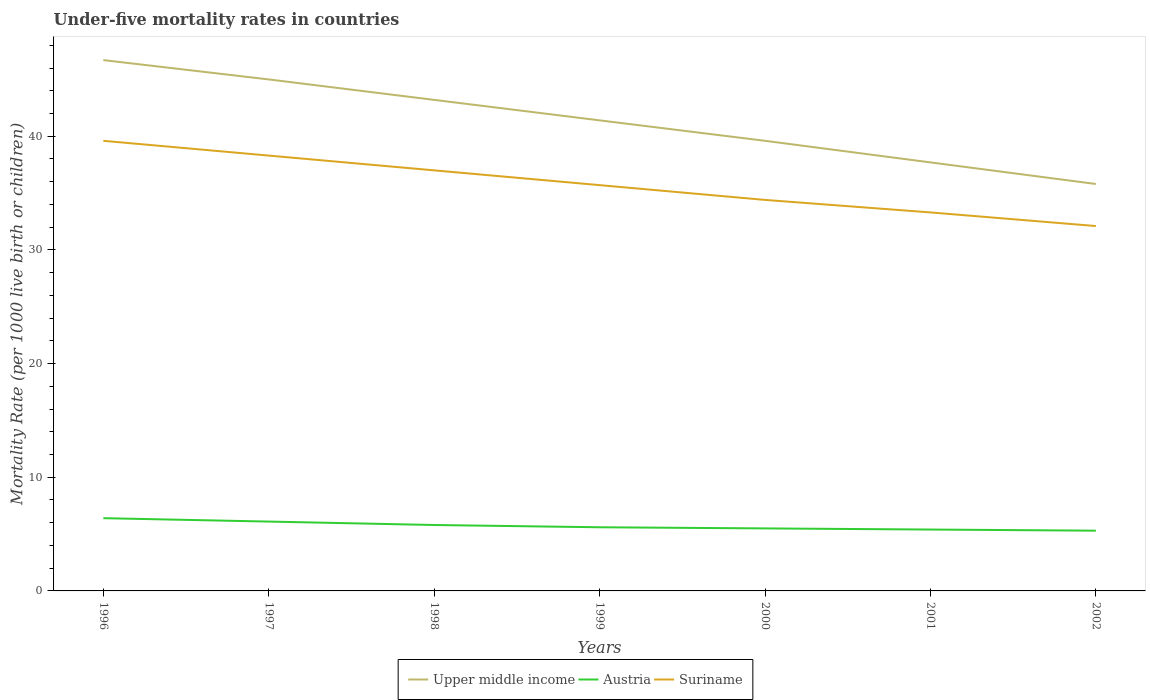
| Years | Upper middle income | Austria | Suriname |
 | --- | --- | --- | --- |
 | 1996 | 46.7 | 6.4 | 39.6 |
 | 1997 | 45 | 6.1 | 38.3 |
 | 1998 | 43.2 | 5.8 | 37 |
 | 1999 | 41.4 | 5.6 | 35.7 |
 | 2000 | 39.6 | 5.5 | 34.4 |
 | 2001 | 37.7 | 5.4 | 33.3 |
 | 2002 | 35.8 | 5.3 | 32.1 |